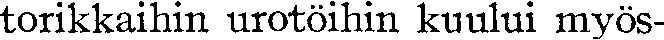
torikkaihin urotöihin kuului myös-